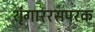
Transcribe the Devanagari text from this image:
शृंगाररसपरक